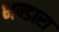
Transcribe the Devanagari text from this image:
भन्डारा